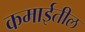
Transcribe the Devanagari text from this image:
कमाईतील